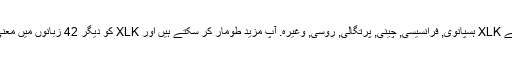
واپسی کے طور پر ، ہم کی مخفف کا ترجمہ کیا ہے XLK ہسپانوی, فرانسیسی, چینی, پرتگالی, روسی, وغیرہ. آپ مزید طومار کر سکتے ہیں اور XLK کو دیگر 42 زبانوں میں معنی تلاش کرنے کے لیے زبان مینیو پر کلک کریں ۔